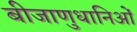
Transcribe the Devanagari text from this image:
बीजाणुधानिओं